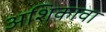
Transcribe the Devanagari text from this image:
अशिकावा